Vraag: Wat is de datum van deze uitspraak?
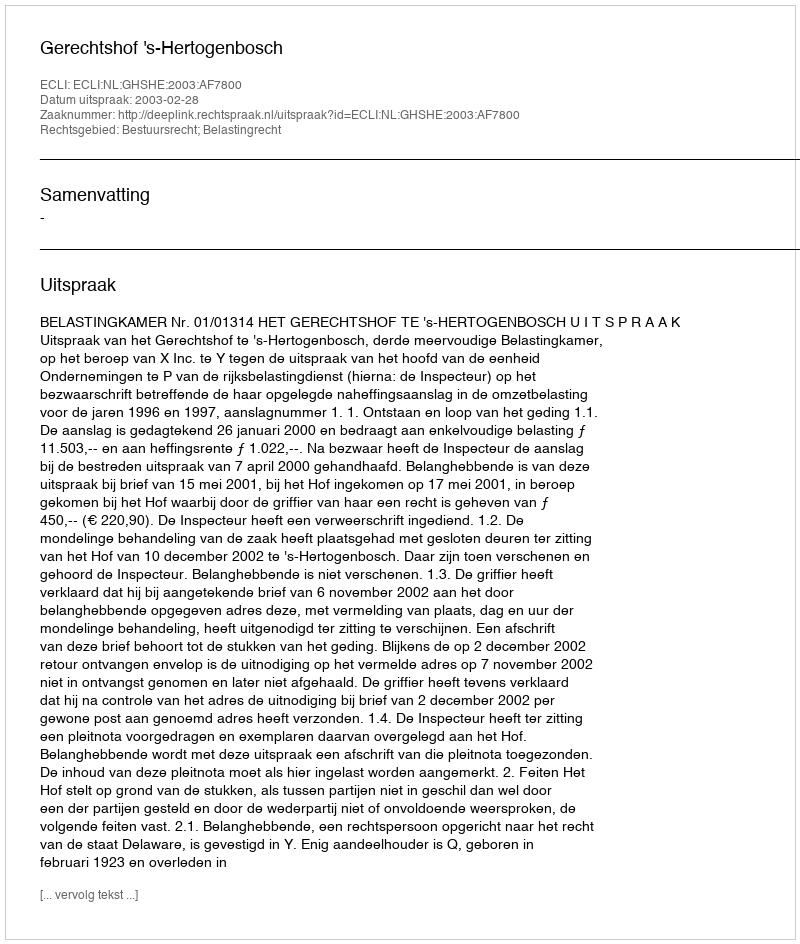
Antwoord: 2003-02-28